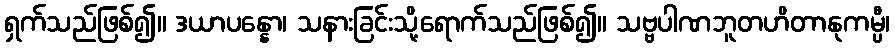
ရှက်သည်ဖြစ်၍။ ဒယာပန္နော၊ သနားခြင်းသို့ရောက်သည်ဖြစ်၍။ သဗ္ဗပါဏဘူတဟိတာနုကမ္ပီ၊